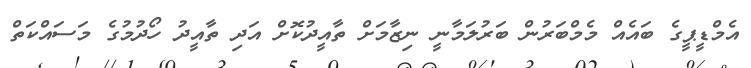
އެމްޑީޕީގެ ބައެއް މެމްބަރުން ބަރުލަމާނީ ނިޒާމަށް ތާއީދުކޮށް އަދި ތާއީދު ހޯދުމުގެ މަސައްކަތް